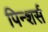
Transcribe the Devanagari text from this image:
पिन्शर्स